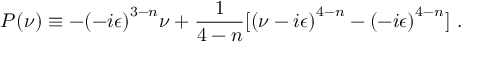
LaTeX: P ( \nu ) \equiv - { ( - i \epsilon ) } ^ { 3 - n } \nu + \frac { 1 } { 4 - n } [ { ( \nu - i \epsilon ) } ^ { 4 - n } - { ( - i \epsilon ) } ^ { 4 - n } ] \, \, .